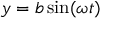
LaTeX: y = b \sin ( \omega t )